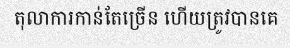
តុលាការកាន់តែច្រើន ហើយត្រូវបានគេ